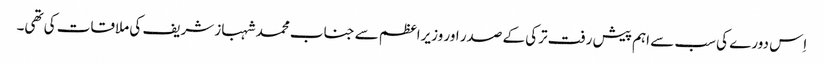
اِس دورے کی سب سے اہم پیش رفت ترکی کے صدر اور وزیراعظم سے جناب محمد شہباز شریف کی ملاقات کی تھی۔